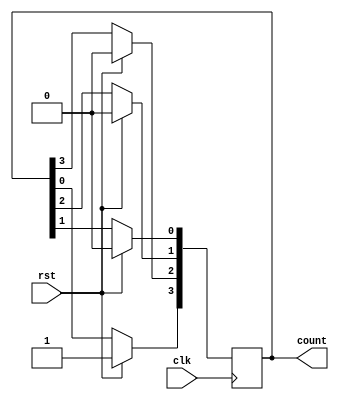
module ringcounter(clk, rst, count);

parameter WIDTH = 4;            // Counter width
input wire clk;             
input wire rst;              
output reg [(WIDTH-1):0] count;
integer i;

reg [(WIDTH-1):0] shifted_count; // Shifted version of the counter

always @(posedge clk) begin
    if (rst)
        shifted_count <= 4'b1000; // Reset the shifted count on reset signal
    else begin
        shifted_count[WIDTH-1] <= shifted_count[0]; // Shift the leftmost bit
        for (i = WIDTH-2; i >= 0; i = i - 1)   shifted_count[i] <= shifted_count[i+1];
	end
    end


assign count = shifted_count;   // Output the shifted count  

endmodule